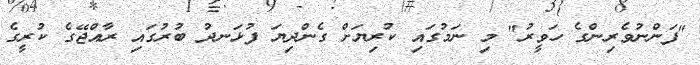
"ފަންނުވެރިންގެ ހަވީރު" މި ނަމުގައި ކުރިޔަށް ގެންދިޔަ ފުޅަނދު ބުރުގައި ރާއްޖޭގެ ކުރީގެ